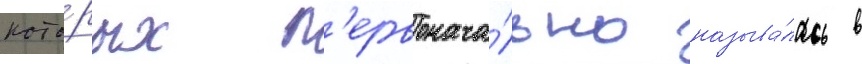
кото́рых п'ервонача́льно называ́лась в